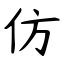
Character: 仿